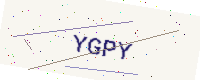
Text: YGPY